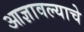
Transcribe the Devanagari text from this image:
आज्ञावल्याचे